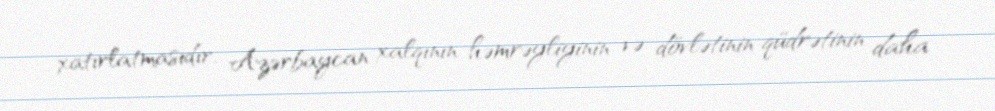
xatırlatmasıdır, Azərbaycan xalqının həmrəyliyinin və dövlətinin qüdrətinin daha